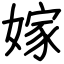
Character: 嫁